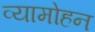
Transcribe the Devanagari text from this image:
व्यामोहन